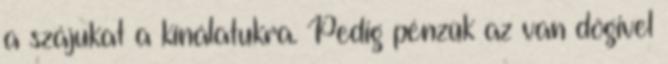
a szájukat a kínálatukra. Pedig pénzük az van dögivel